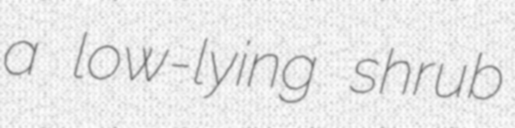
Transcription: a low-lying shrub